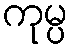
ကုမ္ပ